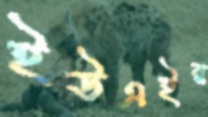
ইউএইর